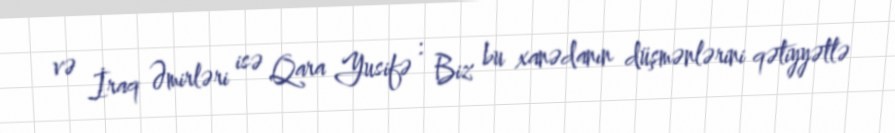
və İraq Əmirləri isə Qara Yusifə : Biz bu xanədanın düşmənlərini qətiyyətlə